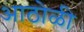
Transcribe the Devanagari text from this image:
आठोळी